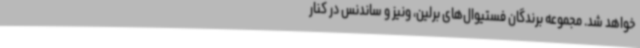
خواهد شد. مجموعه برندگان فستیوال‌های برلین، ونیز و ساندنس در کنار